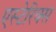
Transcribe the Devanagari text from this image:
एस्टेरिक्स